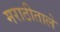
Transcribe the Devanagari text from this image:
मराठीताले